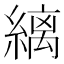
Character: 縭